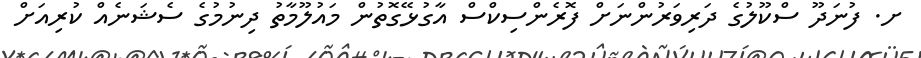
ށ. ފުނަދޫ ސްކޫލުގެ ދަރިވަރުންނަށް ފޮރެންސިކްސް އާގުޅޭގޮތުން މައުލޫމާތު ދިނުމުގެ ސެޝަނެއް ކުރިއަށް